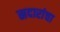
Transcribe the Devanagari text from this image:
स्रदारांचा